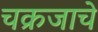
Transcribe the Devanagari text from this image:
चक्रजाचे